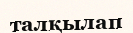
талқылап